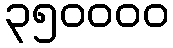
၃၅၀၀၀၀